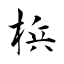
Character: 梹